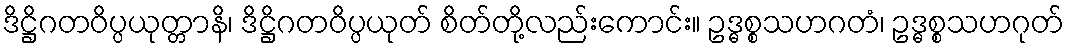
ဒိဋ္ဌိဂတဝိပ္ပယုတ္တာနိ၊ ဒိဋ္ဌိဂတဝိပ္ပယုတ် စိတ်တို့လည်းကောင်း။ ဥဒ္ဓစ္စသဟဂတံ၊ ဥဒ္ဓစ္စသဟဂုတ်